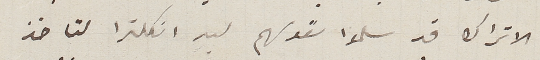
الاتراك قد سلموا نفوسهم ليد انكلترا لتاخذ